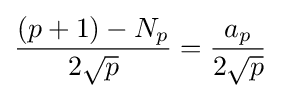
{\frac {(p+1)-N_{p}}{2{\sqrt {p}}}}={\frac {a_{p}}{2{\sqrt {p}}}}